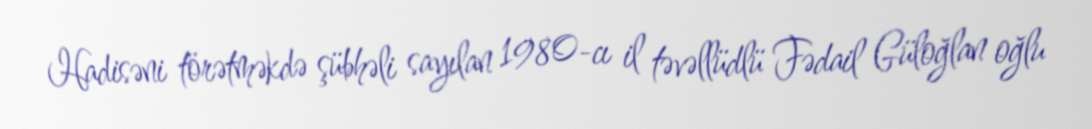
Hadisəni törətməkdə şübhəli sayılan 1980-cı il təvəllüdlü Fədail Güloğlan oğlu